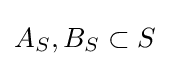
A_{S},B_{S}\subset S